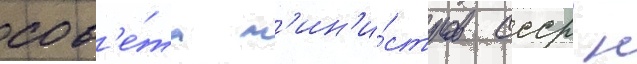
сов'е́та м'ин'и́стров ссср н